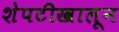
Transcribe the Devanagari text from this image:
शेपटीखालून